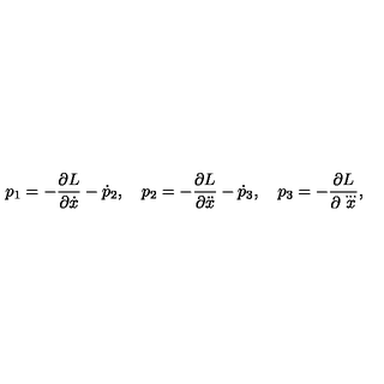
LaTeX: p _ { 1 } = - \frac { \partial L } { \partial \dot { x } } - \dot { p } _ { 2 } , \quad p _ { 2 } = - \frac { \partial L } { \partial \ddot { x } } - \dot { p } _ { 3 } , \quad p _ { 3 } = - \frac { \partial L } { \partial \stackrel { \ldots } { x } } { , }